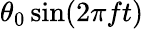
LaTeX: \theta_{0}\sin(2\pi ft)